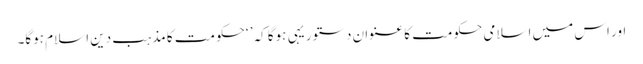
اور اس میں اسلامی حکومت کا عنوانِ دستور یہی ہوگا کہ’ ‘حکومت کا مذہب دین اسلام ہوگا۔